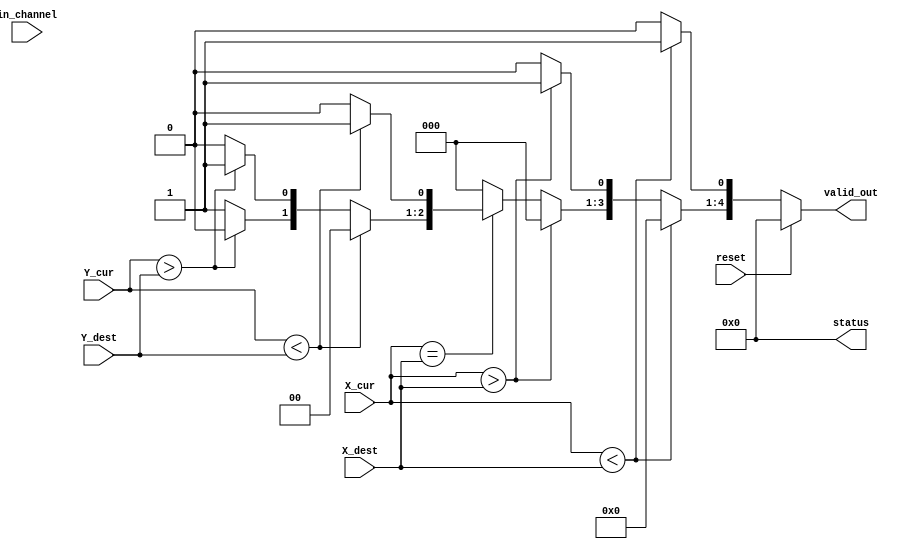
module Route_Func (output reg [4:0] valid_out, status,  input [2:0] X_cur, Y_cur, X_dest, Y_dest, in_channel, input reset);
  
  /*
  0:E
  1:W
  2:N
  3:S
  4:Eject
  */
  //XY Routing
  always @(*)
  begin
	if (reset)
		{valid_out, status} = 10'b0;
	else
	begin
		{valid_out, status} = 10'b0;
		if(X_cur < X_dest)
		  valid_out[0] = 1;
		else if(X_cur > X_dest)
		  valid_out[1] = 1;
		else if(X_cur == X_dest)
		begin
		  if(Y_cur < Y_dest)
			valid_out[2] = 1;
		  else if(Y_cur > Y_dest)
			valid_out[3] = 1;
		  else
			valid_out[4] = 1;
		end
	end
  end
  
endmodule